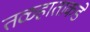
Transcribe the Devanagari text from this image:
तळहाताकडे